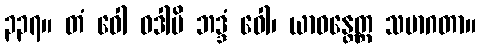
၃၃၇။ တံ ဝေါ ဝဒါမိ ဘဒ္ဒံ ဝေါ၊ ယာဝန္တေတ္ထ သမာဂတာ။